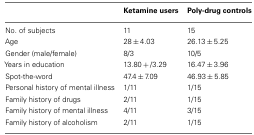
<table><thead><tr><td></td><td><b>Ketamine users</b></td><td><b>Poly-drug controls</b></td></tr></thead><tbody><tr><td>No. of subjects</td><td>11</td><td>15</td></tr><tr><td>Age</td><td>28 ± 4.03</td><td>26.13 ± 5.25</td></tr><tr><td>Gender (male/female)</td><td>8/3</td><td>10/5</td></tr><tr><td>Years in education</td><td>13.80 + /3.29</td><td>16.47 ± 3.96</td></tr><tr><td>Spot-the-word</td><td>47.4 ± 7.09</td><td>46.93 ± 5.85</td></tr><tr><td>Personal history of mental illness</td><td>1/11</td><td>1/15</td></tr><tr><td>Family history of drugs</td><td>2/11</td><td>1/15</td></tr><tr><td>Family history of mental illness</td><td>4/11</td><td>3/15</td></tr><tr><td>Family history of alcoholism</td><td>2/11</td><td>1/15</td></tr></tbody></table>